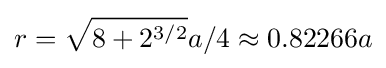
r={\sqrt {8+2^{3/2}}}a/4\approx 0.82266a